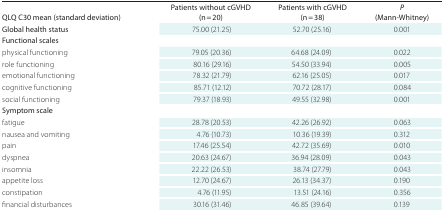
<table><thead><tr><td><b>QLQ C30 mean (standard deviation)</b></td><td><b>Patients without cGVHD (n = 20)</b></td><td><b>Patients with cGVHD (n = 38)</b></td><td><b><i>P</i> (Mann-Whitney)</b></td></tr></thead><tbody><tr><td>Global health status</td><td>75.00 (21.25)</td><td>52.70 (25.16)</td><td><b>0.001</b></td></tr><tr><td colspan="4">Functional scales</td></tr><tr><td>Physical functioning</td><td>79.05 (20.36)</td><td>64.68 (24.09)</td><td><b>0.022</b></td></tr><tr><td>Role functioning</td><td>80.16 (29.16)</td><td>54.50 (33.94)</td><td><b>0.005</b></td></tr><tr><td>Emotional functioning</td><td>78.32 (21.79)</td><td>62.16 (25.05)</td><td><b>0.017</b></td></tr><tr><td>Cognitive functioning</td><td>85.71 (12.12)</td><td>70.72 (28.17)</td><td>0.084</td></tr><tr><td>Social functioning</td><td>79.37 (18.93)</td><td>49.55 (32.98)</td><td><b>0.001</b></td></tr><tr><td colspan="4">Symptom scale</td></tr><tr><td>Fatigue</td><td>28.78 (20.53)</td><td>42.26 (26.92)</td><td>0.063</td></tr><tr><td>Nausea and vomiting</td><td>4.76 (10.73)</td><td>10.36 (19.39)</td><td>0.312</td></tr><tr><td>Pain</td><td>17.46 (25.54)</td><td>42.72 (35.69)</td><td><b>0.010</b></td></tr><tr><td>Dyspnea</td><td>20.63 (24.67)</td><td>36.94 (28.09)</td><td><b>0.043</b></td></tr><tr><td>Insomnia</td><td>22.22 (26.53)</td><td>38.74 (27.79)</td><td><b>0.043</b></td></tr><tr><td>Appetite loss</td><td>12.70 (24.67)</td><td>26.13 (34.37)</td><td>0.190</td></tr><tr><td>Constipation</td><td>4.76 (11.95)</td><td>13.51 (24.16)</td><td>0.356</td></tr><tr><td>Financial disturbances</td><td>30.16 (31.46)</td><td>46.85 (39.64)</td><td>0.139</td></tr></tbody></table>